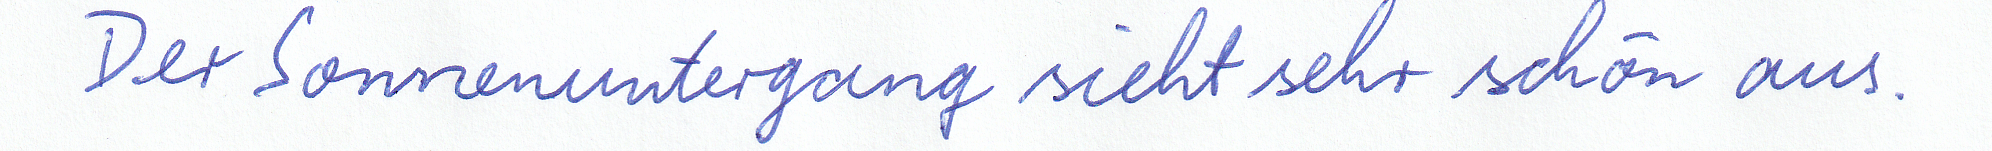
Der Sonnenuntergang sieht sehr schön aus.